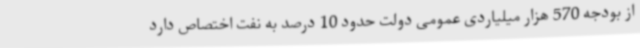
از بودجه 570 هزار میلیاردی عمومی دولت حدود 10 درصد به نفت اختصاص دارد